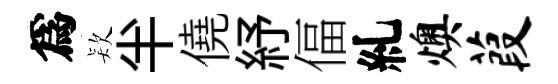
爲𣣇半僥紓偪糺燠葭